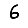
Digit: 6